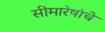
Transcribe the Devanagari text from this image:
सीमारेषांचे